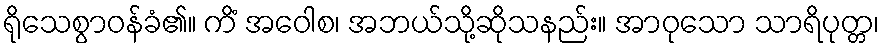
ရိုသေစွာဝန်ခံ၏။ ကိံ အဝေါစ၊ အဘယ်သို့ဆိုသနည်း။ အာဝုသော သာရိပုတ္တ၊